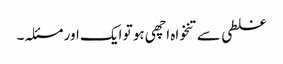
غلطی سے تنخواہ اچھی ہو تو ایک اور مسئلہ۔